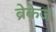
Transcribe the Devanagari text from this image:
ब्रेकेज